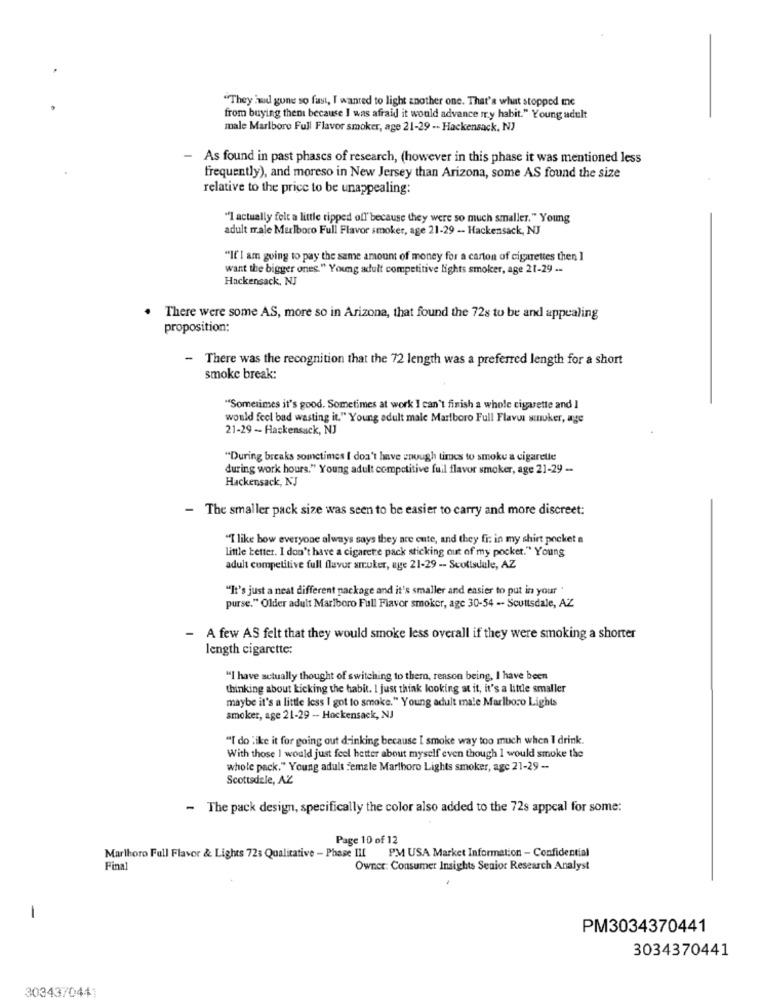
"They had gone so fast, I wanted to light another one. That's what stopped me
from buying then because I was afraid it would advance mr.y habit." Young adult
male Marlboro Full Flavor smoker, age 21-29 -- Hackensack, NJ
- As found in past phases of research, (however in this phase it was mentioned less
frequently), and moreso in New Jersey than Arizona, some AS found the size
relative to the price to be unappealing:
""I actually felt a little ripped off'because they were so much smaller." Young
adult male Marlboro Full Flavor smoker, age 21-29 -- Hackensack, NJ
"If I am going to pay the same amount of money for a carton of cigarettes then ]
want the bigger ones." Young adult competitive lights smoker, age 21-29 ...
Hackensack, NJ
There were some AS, more so in Arizona, that found the 728 to be and appealing
proposition:
-
There was the recognition that the 72 length was a preferred length for a short
smoke break:
"Sometimes it's good. Sometimes at work I can't finish a whole cigarette and I
would feel bad wasting it." Young adult male Marlboro Full Flavus senuker, age
21-29 - Hackensack, NJ
"During breaks sometimes I don't have enough times to smoke a cigarelle
during work hours." Young adult competitive fuil flavor smoker, age 21-29 -
Hackensack, NJ
- The smaller pack size was seen to be easier to carry and more discreet:
"T like bow everyone always says they are cute, and they fi: in my shirt pocket a
Little better. I don't have a cigarette pack sticking out of my pocket." Young
adult competitive full flavor arruker, age 21-29 -- Scottsdale, AZ
"It's just a neat different package and it's smaller and easier to put in your "
purse." Older adult Marlboro Full Flavor smoker, age 30-54 -- Scottsdale, AZ
- A few AS felt that they would smoke less overall if they were smoking a shorter
length cigarette:
"I have actually thought of switching to them, reason being, I have been
thinking about kicking the habit. I just think looking at it, it's a little smaller
maybe it's a little less I got to smoke." Young adult male Marlboro Lights
smoker, age 21-29 -- Hackensack, NJ
"I do like it for going out drinking because I smoke way too much when I drink.
With those I would just feel better about myself even though I would smoke the
whole pack." Young adult female Marlboro Lights smoker, age 21-29 --
Scottsdale, AZ
- The pack design, specifically the color also added to the 72s appcal for some:
Page 10 of 12
Marlboro Full Flavor & Lights 723 Qualitative - Phase III PM USA Market Information - Confidential
Final
Owner: Consumer Insights Senior Research Analyst
-
PM3034370441
3034370441
3034370441